Problem: 15 + 31 = ?
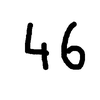
Handwritten answer: 46